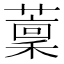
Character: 𦼹